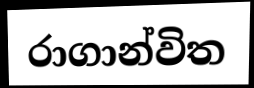
රාගාන්විත